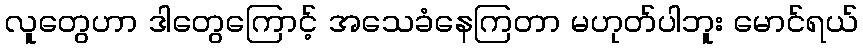
လူတွေဟာ ဒါတွေကြောင့် အသေခံနေကြတာ မဟုတ်ပါဘူး မောင်ရယ်